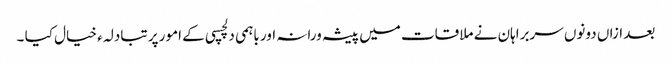
بعد ازاں دونوں سربراہان نے ملاقات میں پیشہ ورانہ اور باہمی دلچسپی کے امور پر تبادلہ ء خیال کیا ۔